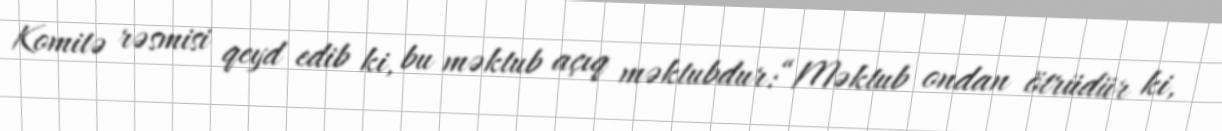
Komitə rəsmisi qeyd edib ki, bu məktub açıq məktubdur:“Məktub ondan ötrüdür ki,